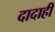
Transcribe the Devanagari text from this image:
दादाही